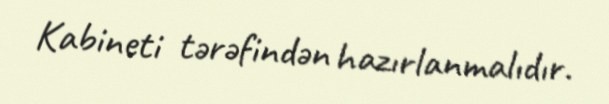
Kabineti tərəfindən hazırlanmalıdır.